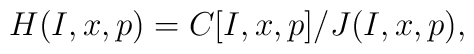
H(I,x,p)=C[I,x,p]/J(I,x,p),